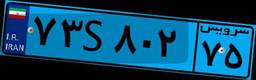
۸۰S۶۲۹۶۸